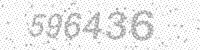
Solution: 596436